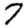
Digit: 7